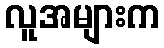
လူအများက